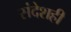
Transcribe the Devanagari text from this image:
संदेशही